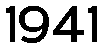
1941